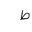
Letter: _da